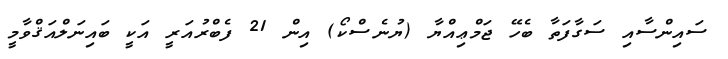
ސައިންސާއި ސަގާފަތާ ބެހޭ ޖަމްޢިއްޔާ (ޔުނެސްކޯ) އިން 21 ފެބްރުއަރީ އަކީ ބައިނަލްއަޤްވާމީ